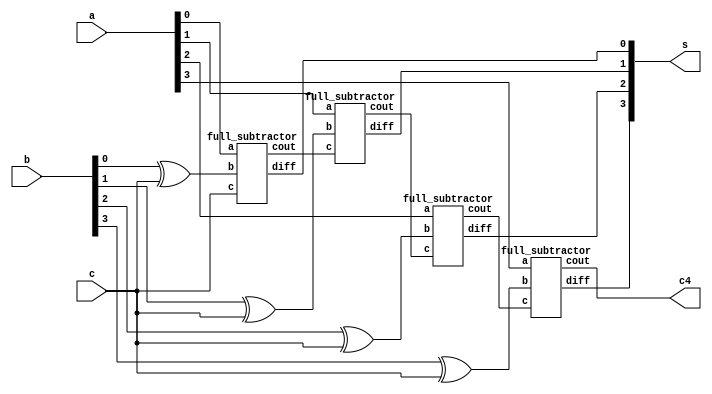
`timescale 1ns / 1ps
module adsub(s,c4,a,b,c);
output [3:0]s;
output c4;
input [3:0] a;
input [3:0] b;
input c;
wire [4:1] m;
wire [3:1] n;
xor v1(m[1],b[0],c);
xor v2(m[2],b[1],c);
xor v3(m[3],b[2],c);
xor v4(m[4],b[3],c);

full_subtractor FS0(s[0],n[1],a[0],m[1],c);
full_subtractor FS1(s[1],n[2],a[1],m[2],n[1]);
full_subtractor FS2(s[2],n[3],a[2],m[3],n[2]);
full_subtractor FS3(s[3],c4,a[3],m[4],n[3]);
endmodule

module full_subtractor(diff,cout,a,b,c);
output diff,cout;
input a, b,c;
wire c1,c2,c3,c4;
xor v5(c1,a,b);
xor v6(diff,c1,c);

and v7(c2,a,b);
and v8(c3,b,c);
and v9(c4,c,a);

or v0(cout,c2,c3,c4);


endmodule